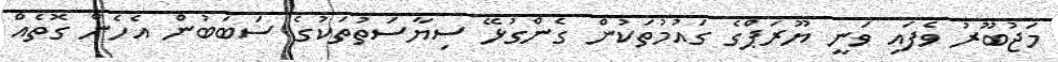
މަޖުބޫރު ވެފައި ވަނީ ޔޫރަޕްގެ ގައުމުތަކުން ގެންގުޅޭ ސިޔާސަތުތަކުގެ ސަބަބުން އެހެން ގޮތެއް